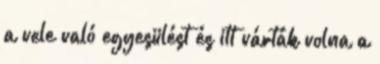
a vele való egyesülést és itt várták volna a